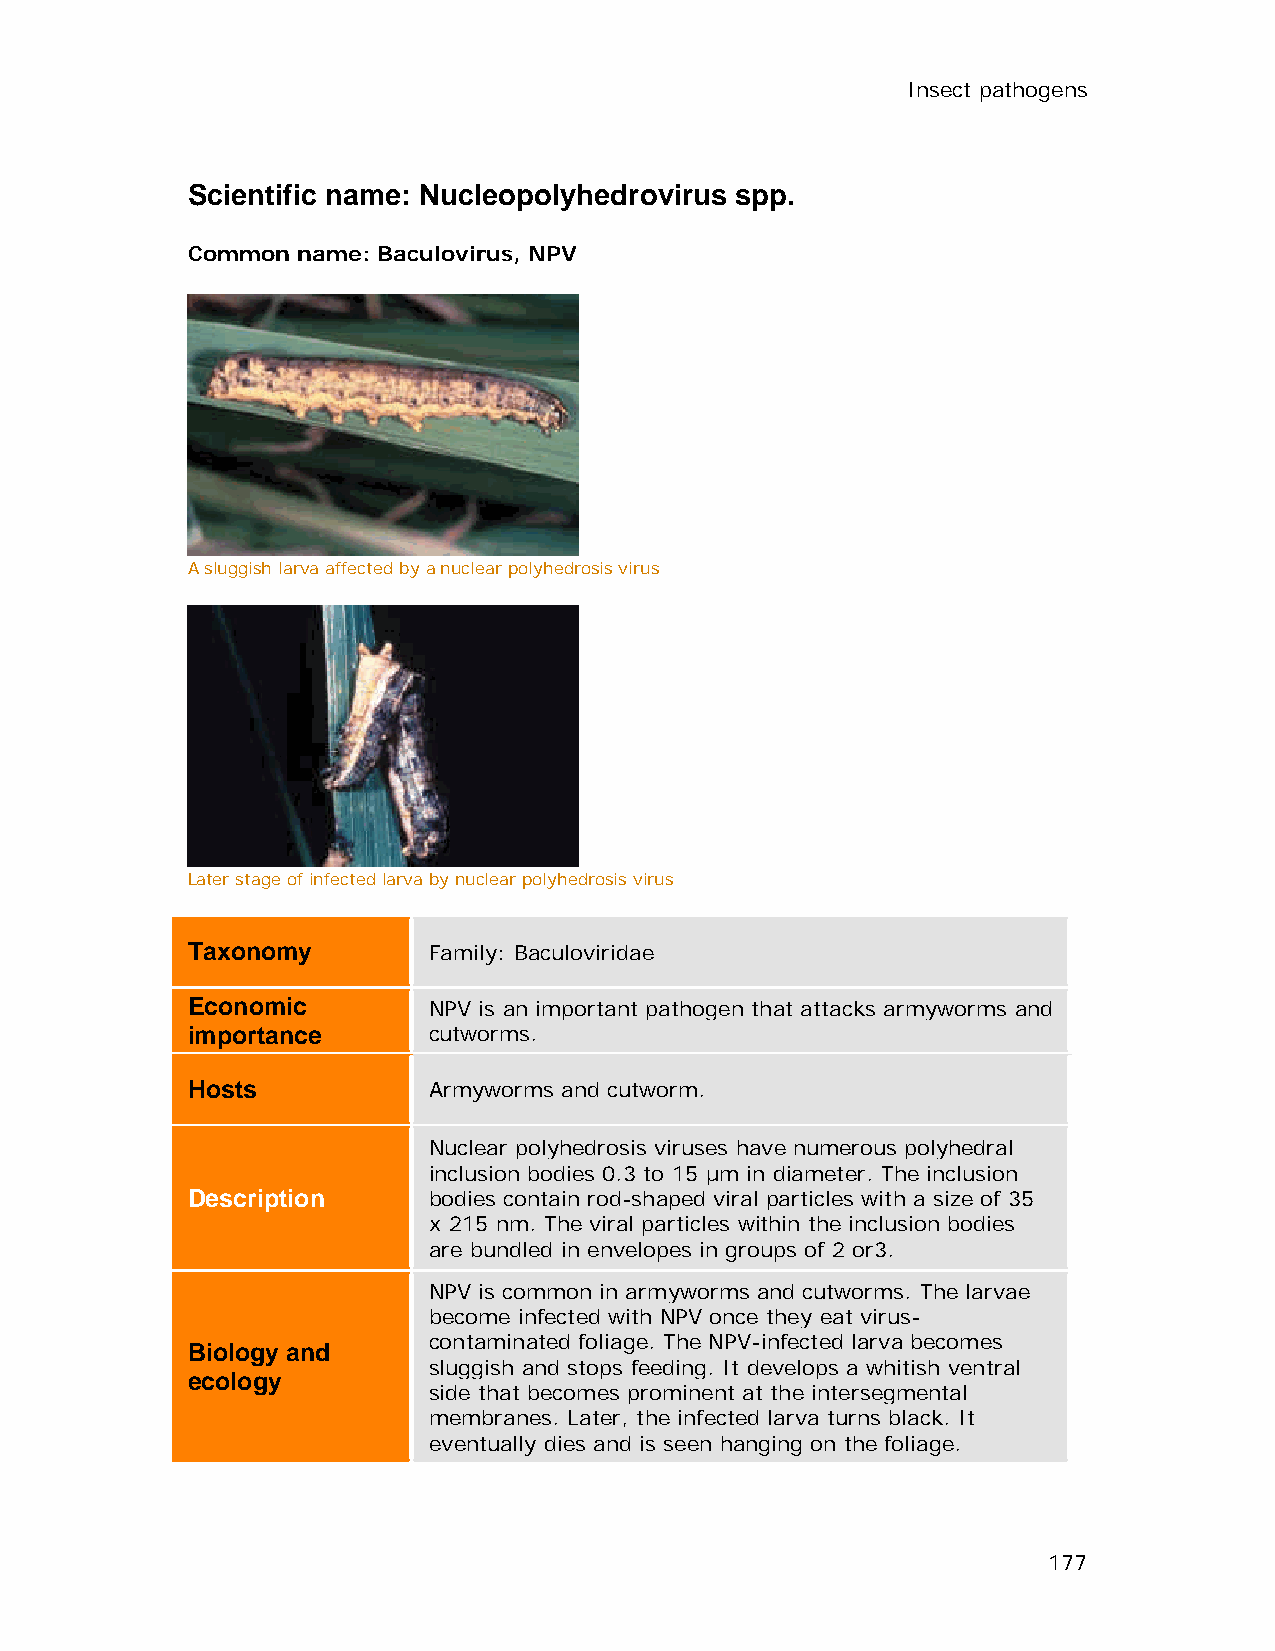
Insect pathogens
 Scientific name: Nucleopolyhedrovirus spp.
 Common  name: Baculovirus, NPV
 A sluggish larva affected by a nuclear polyhedrosis virus
 Later stage of infected larva by nuclear polyhedrosis virus
 Taxonomy        Family: Baculoviridae
 Economic        NPV is an important pathogen that attacks armyworms and
 importance      cutworms.
 Hosts           Armyworms and cutworm.
 Nuclear polyhedrosis viruses have numerous polyhedral
 inclusion bodies 0.3 to 15 µm in diameter. The inclusion
 Description     bodies contain rod-shaped viral particles with a size of 35
 x 215 nm. The viral particles within the inclusion bodies
 are bundled in envelopes in groups of 2 or3.
 NPV is common in armyworms and cutworms. The larvae
 become infected with NPV once they eat virus-
 contaminated foliage. The NPV-infected larva becomes
 Biology and
 sluggish and stops feeding. It develops a whitish ventral
 ecology
 side that becomes prominent at the intersegmental
 membranes. Later, the infected larva turns black. It
 eventually dies and is seen hanging on the foliage.
 177